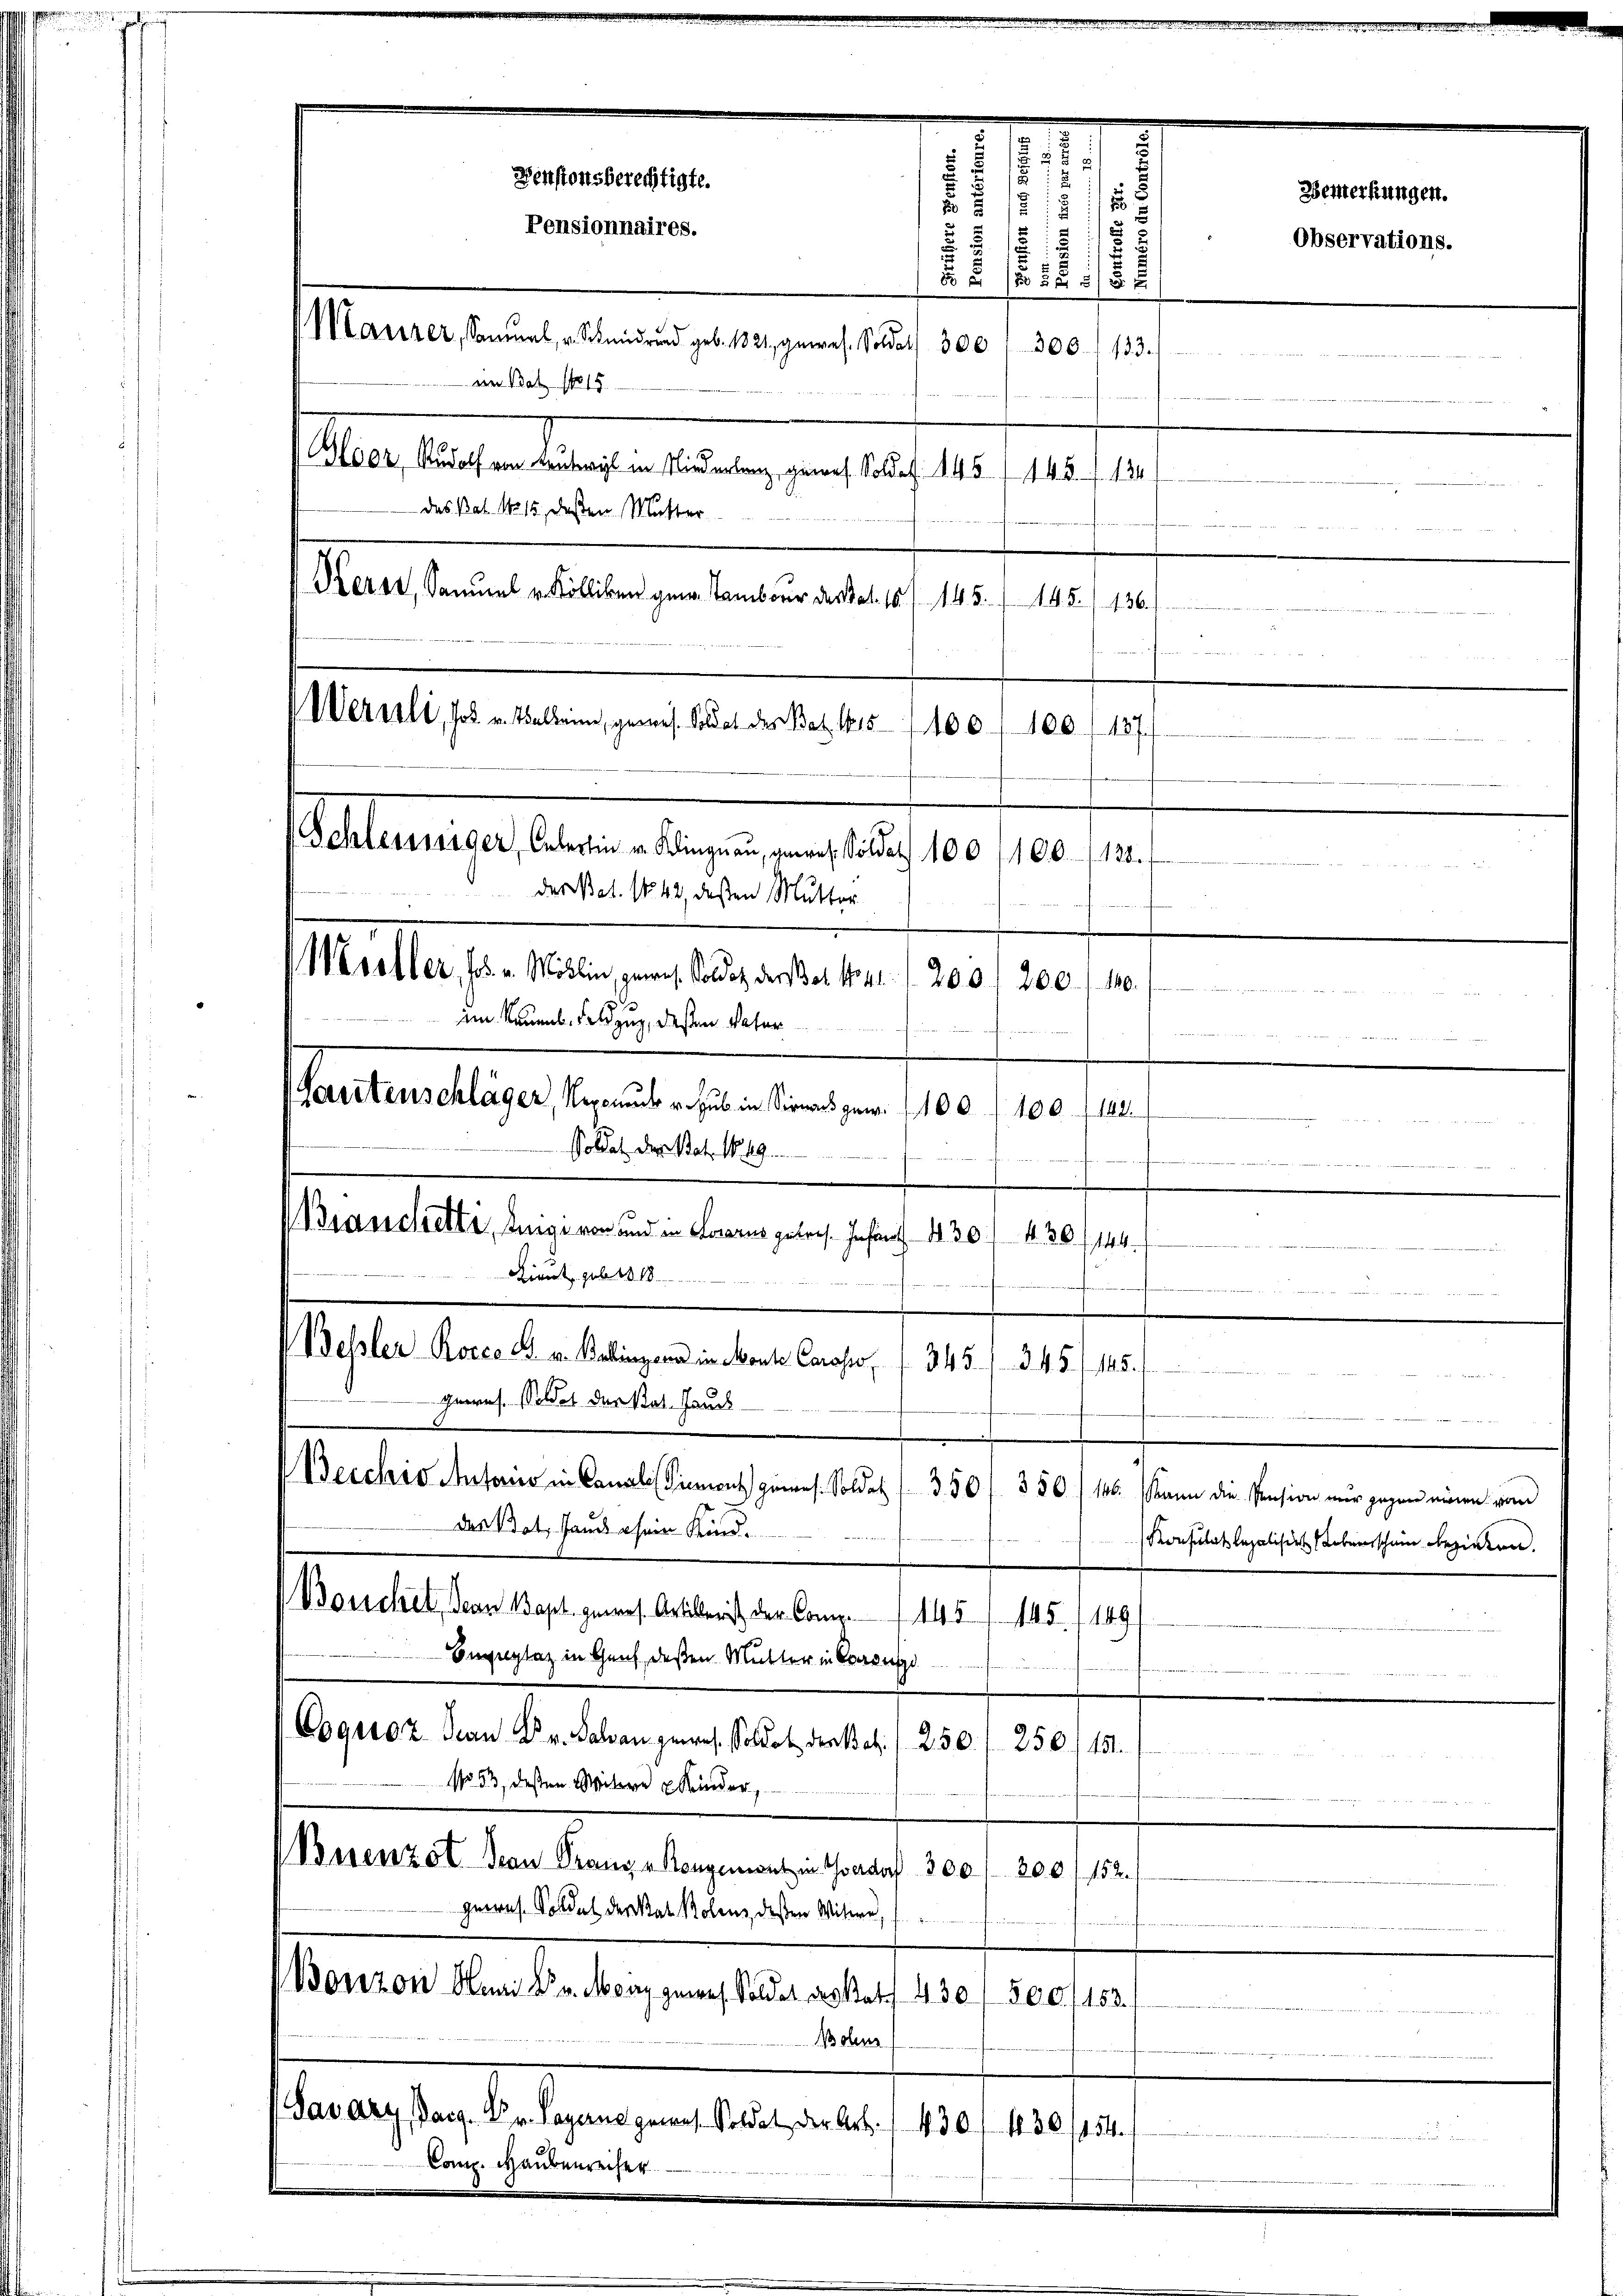
das Bat. 1815, deßen Mutter
Herst, Samuel v. Kölliken gen Tambour des Bat. 10. 145.
145. 136.
i
Weruli, Joh. v. Wallein, gemes. Soldat der Bat. 1615 f 100
100. 1187.

e
.
2
Denstonsberechtigte.
5 15 1/2

Pensionnaires.
s
1
2

Marrer, Samuel v. Schmidrad geb. 1821, gewes. Soldat 300 f 300. 133.
im Bat 1815.
ae legten eingen einen an des 18. 141. 19.

Schleissiger, Oelerlin u. Klingnau, gewes. Soldat 100 /100-120.
des Bat. 1842, deßen Mutter

Moeller, (d. v. Millin, gewes. Soldet der es kant. 200 f 200 f 10.
im Raumel, dazug, deßen Vater
100, 100. 142.
Soldat der Bat. No. 49.
430. 436/144.
dient gelt
345.
 Geeres. Soldet der Rat. Hands
Becchio Autorio in Canalis Sinnent gemes. Soldat 350 f 350 f 16. Mann die Pension nur gegen einen vom
des Bat. Hand sein Kind.
Bouchet, Jean Bapt. gewes. Artillerist der Comp. 1145/145 f 149
Bugeplaz in Genf, deßen Mutter in Consu

Coquoz Jean Dr. Salvan gewes. Soldat der Bat. / 250. / 250, 151.

No 53, dessen Mitere Kinder,
Burenzot Jean Pranz v Rengemut in verdorf 300 / 200 f 152.
gewes. Soldet der Stat. Polenz, dessen Witwe,
Bonzon Anai Dr. Mein gewes Soldet anstatt 430 1 500/153.
Bolens
Serasten betragen der aber 120. Mater
Com. Haubenreiher

Prantinuations seines eine werden,
Branchetti, Luigi von und in Paarus getres. Infant

Bessler Rocce F. v. Ballingen in Monte Carasso,

s

Observations.

Weiterkungen.

Konsulat legalisie beschein Bezirken.